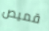
قميص